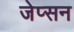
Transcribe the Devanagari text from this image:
जेप्सन